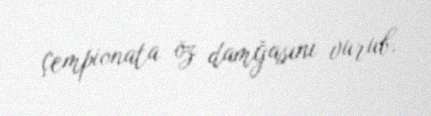
çempionata öz damğasını vurub.